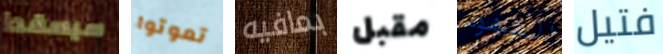
سيسقط تموتوا بمافيه مقبل الفهود فتيل